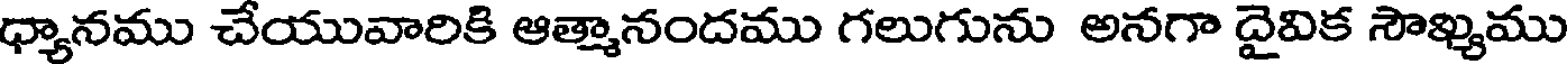
ధ్యానము చేయువారికి ఆత్మానందము గలుగును అనగా దైవిక సౌఖ్యము